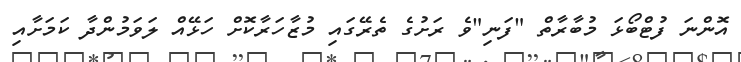
އޮންނަ ފުޓްބޯޅަ މުބާރާތް "ފަނި"ވެ ރަށުގެ ތެރޭގައި މުޒާހަރާކޮށް ހަޅޭއް ލަވަމުންދާ ކަމަށާއި